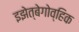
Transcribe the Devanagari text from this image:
इझेत्बेगोव्हिक